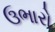
ઉભારો